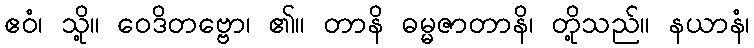
ဧဝံ၊ သို့။ ဝေဒိတဗ္ဗော၊ ၏။ တာနိ ဓမ္မဇာတာနိ၊ တို့သည်။ နယာနံ၊